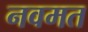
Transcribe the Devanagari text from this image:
नवमत